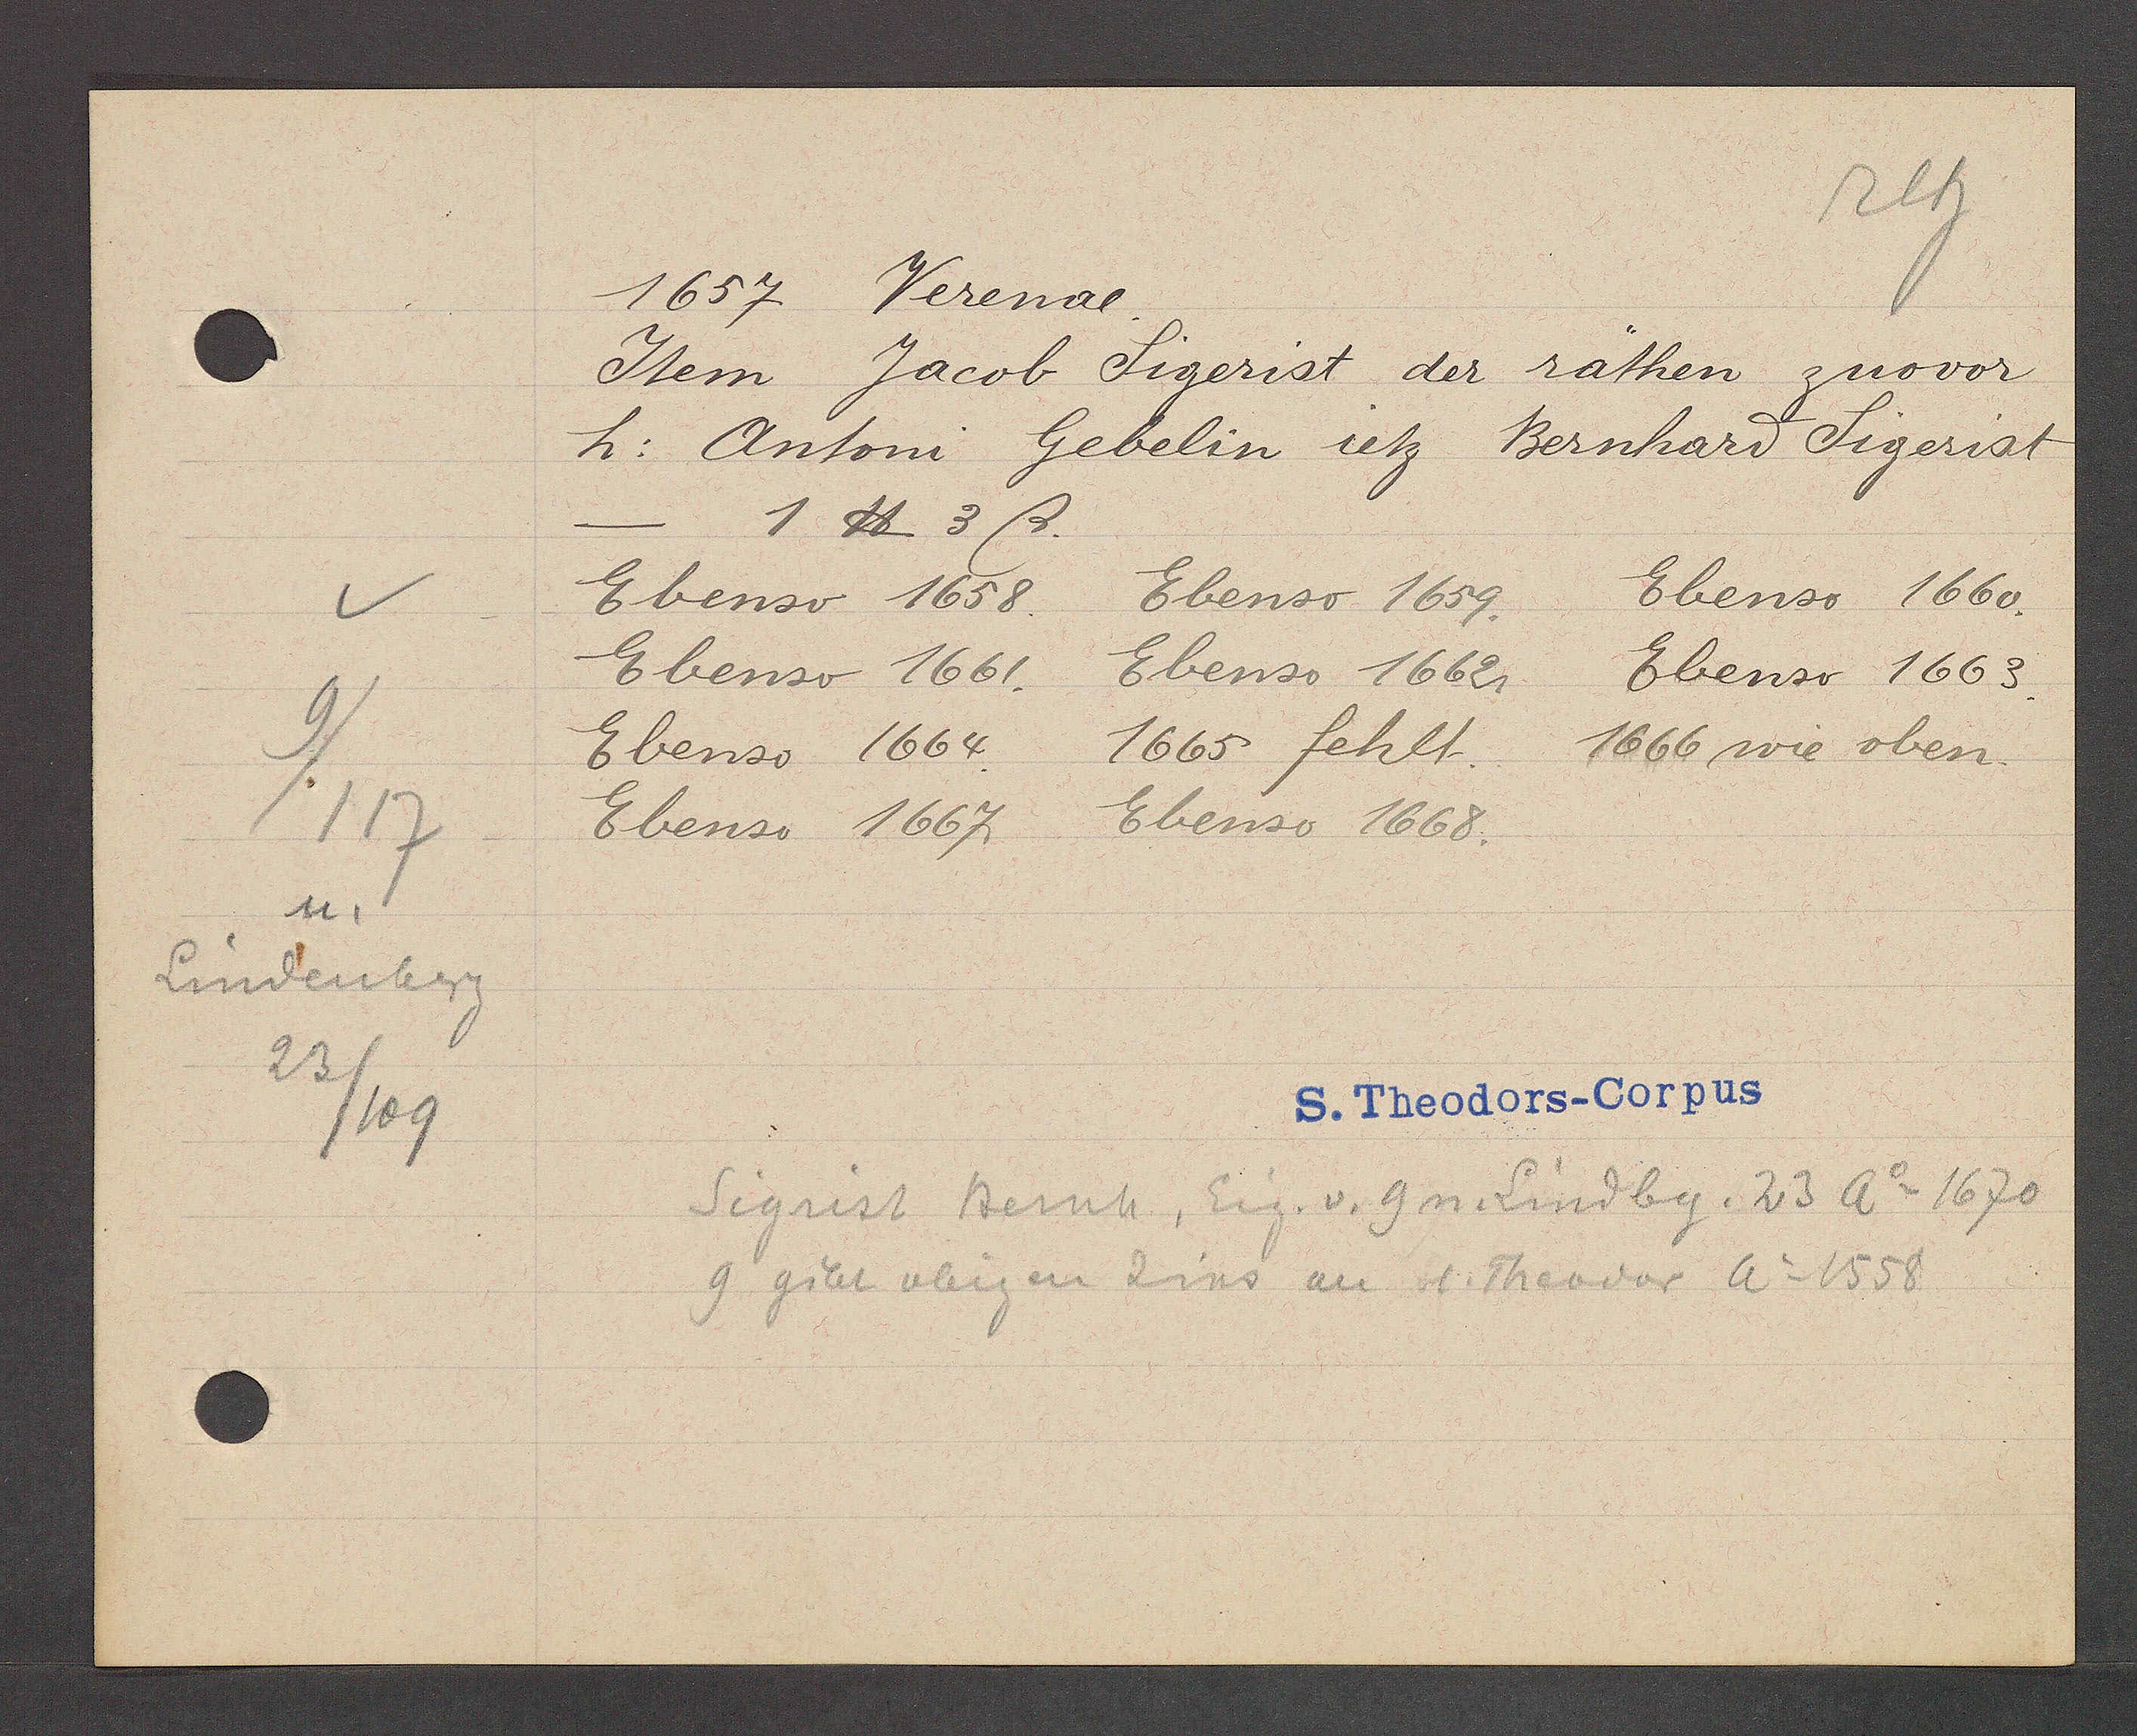
Transcript:
Lindenbg
9/
117
um
23
/109

1657 Verenae.

Item Jacob Sigerist der räthen zuovor
h. Antoni Gebelin itz Bernharf Sigerist
Ebenso 1658.
Ebenso 1661. Ebenso 1662. Ebenso 1663.
Ebenso 1664.
Ebenso 1667.
1 ℔ 3 ß.
Ebenso 1659.
1665 fehlt.
Ebenso 1668.
Ebenso 1660.
1666 wie oben

S. Theodors-Corpus

Sigrist Bernh, Eig. v. 9 n. Lindbg. 23 Ao 1670
9 gibt obigen Zins an St. Theodor Ao 1558